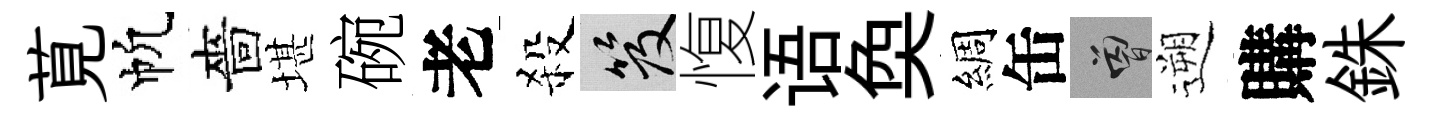
莧帆嗇堪碗老殺笈愎语奐綢缶曾遡購銖